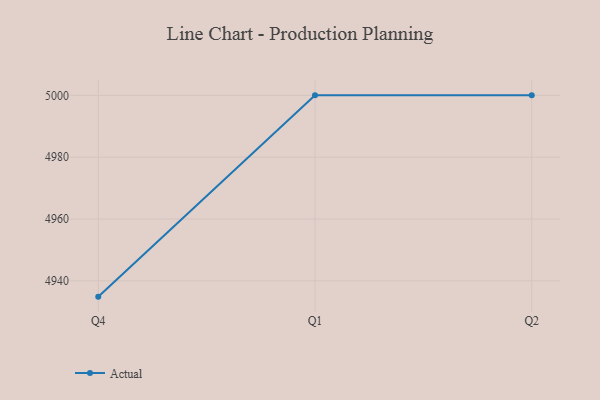
{"axis": {"x": "Quarter", "y": "Page Views"}, "legend": ["Actual"], "data": [{"x": "Q4", "y": 4934.9, "type": "Actual"}, {"x": "Q1", "y": 5000, "type": "Actual"}, {"x": "Q2", "y": 5000, "type": "Actual"}]}